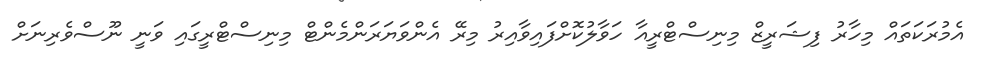
އެމުރަކަތައް މިހާރު ފިޝަރީޒް މިނިސްޓްރީއާ ހަވާލުކޮށްފައިވާއިރު މިރޭ އެންވަަޔަރަންމެންޓް މިނިސްޓްރީގައި ވަނީ ނޫސްވެރިނަށް